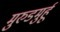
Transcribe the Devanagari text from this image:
मुरुडमुर्हू